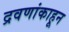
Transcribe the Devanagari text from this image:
द्रवणांकाहून